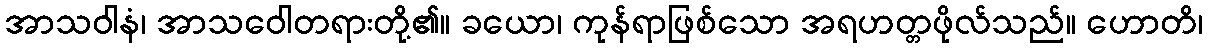
အာသဝါနံ၊ အာသဝေါတရားတို့၏။ ခယော၊ ကုန်ရာဖြစ်သော အရဟတ္တဖိုလ်သည်။ ဟောတိ၊